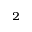
^ 2